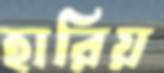
হারিয়